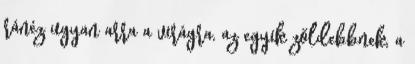
ránéz ugyan arra a virágra, az egyik zöldebbnek, a